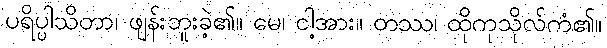
ပရိပ္ပါသိတာ၊ ဖျန်းဘူးခဲ့၏။ မေ၊ ငါ့အား။ တဿ၊ ထိုကုသိုလ်ကံ၏။